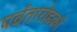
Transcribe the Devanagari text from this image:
पर्वतारोहकों